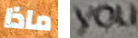
ماذا you